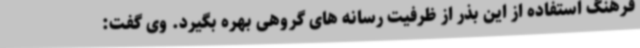
فرهنگ استفاده از این بذر از ظرفیت رسانه های گروهی بهره بگیرد. وی گفت: